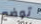
توضع